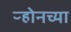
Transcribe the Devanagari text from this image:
ऱ्होनच्या